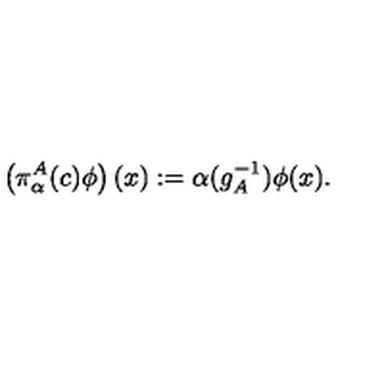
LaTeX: \left( \pi _ { \alpha } ^ { A } ( c ) \phi \right) ( x ) : = \alpha ( g _ { A } ^ { - 1 } ) \phi ( x ) .